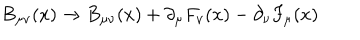
LaTeX: B _ { \mu \nu } ( x ) \rightarrow B _ { \mu \nu } ( x ) + \partial _ { \mu } F _ { \nu } ( x ) - \partial _ { \nu } F _ { \mu } ( x )